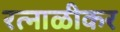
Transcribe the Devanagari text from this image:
रत्नाळीकर